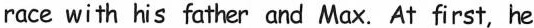
race with his father and Max. At first, he